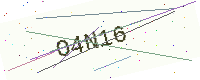
Text: O4N16